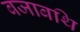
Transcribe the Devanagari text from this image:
बजाबथि